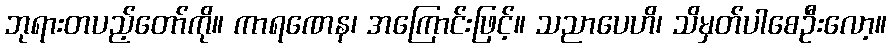
ဘုရားတပည့်တော်ကို။ ကာရဏေန၊ အကြောင်းဖြင့်။ သညာပေဟိ၊ သိမှတ်ပါစေဦးလော့။